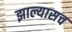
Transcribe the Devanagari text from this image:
झाल्यासच